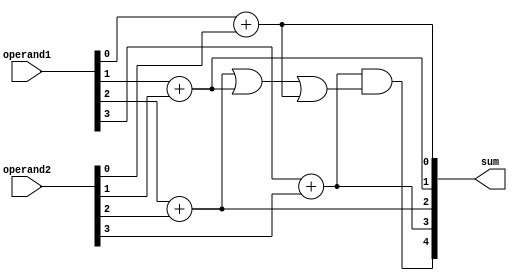
module Adder (
    input [3:0] operand1,
    input [3:0] operand2,
    output [4:0] sum
);

reg [4:0] sum;

always @* begin
    sum[0] = operand1[0] + operand2[0];
    sum[1] = operand1[1] + operand2[1];
    sum[2] = operand1[2] + operand2[2];
    sum[3] = operand1[3] + operand2[3];
    sum[4] = sum[3] & (sum[2] | sum[1] | sum[0]);
end

endmodule